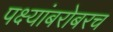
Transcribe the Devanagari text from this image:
पक्ष्यांबरोबरच